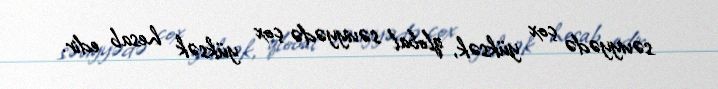
səviyyədə çox yüksək, qlobal səviyyədə çox yüksək hesab edir.